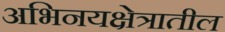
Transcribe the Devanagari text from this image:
अभिनयक्षेत्रातील